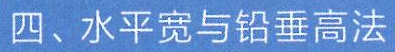
四、水平宽与铅垂高法